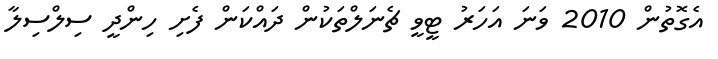
އެގޮތުން 2010 ވަނަ އަހަރު ޓީވީ ޗެނަލްތަކުން ދައްކަން ފެށި ހިންދީ ސިލްސިލާ